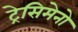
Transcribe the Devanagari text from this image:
ट्रेसिमेनो